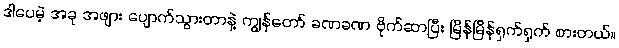
ဒါပေမဲ့ အခု အဖျား ပျောက်သွားတာနဲ့ ကျွန်တော် ခဏခဏ ဗိုက်ဆာပြီး မြိန်မြိန်ရှက်ရှက် စားတယ်။